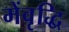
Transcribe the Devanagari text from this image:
मेंवृद्धि